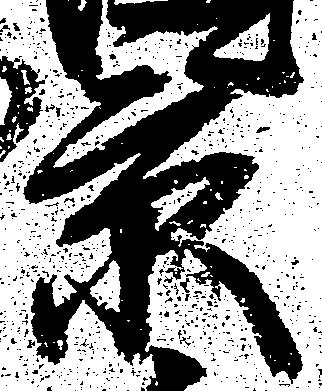
景